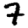
Digit: 7